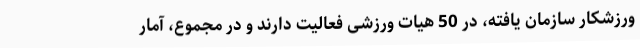
ورزشکار سازمان یافته، در 50 هیات ورزشی فعالیت دارند و در مجموع، آمار